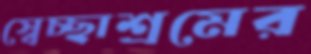
স্বেচ্ছাশ্রমের